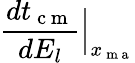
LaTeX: \frac{dt_{\mathrm{~c~m~}}}{dE_{l}}\Big|_{x_{\mathrm{~m~a~}}}